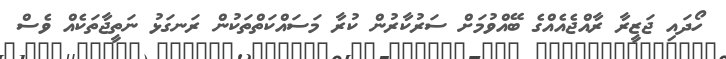
ހޯދައި ޖަޒީރާ ރާއްޖެއެއްގެ ބޭއްވުމަށް ސަރުކާރުން ކުރާ މަސައްކަތްތަކުން ރަނގަޅު ނަތީޖާތަކެއް ވެސް